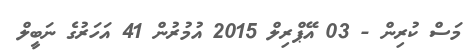
މަސް ކުރިން - 03 އޭޕްރިލް 2015 އުމުރުން 41 އަހަރުގެ ނަބީލް